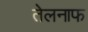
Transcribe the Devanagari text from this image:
तेलनाफ